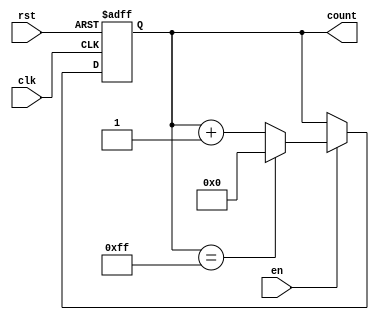
module incremental_counter (
    input wire clk,        // Clock input
    input wire rst,        // Asynchronous reset
    input wire en,         // Enable signal
    output reg [7:0] count // Counter value (8-bit wide)
);

// Initial value for the counter
parameter INITIAL_VALUE = 8'b00000000; // Can be modified as needed
parameter MAX_VALUE = 8'b11111111;      // Maximum value for 8-bit counter

// Always block for counter functionality
always @(posedge clk or posedge rst) begin
    if (rst) begin
        // Asynchronous reset
        count <= INITIAL_VALUE;
    end else if (en) begin
        // Increment the counter on enable
        if (count == MAX_VALUE) begin
            count <= 8'b00000000; // Wrap-around on overflow
        end else begin
            count <= count + 1'b1; // Increment counter
        end
    end
    // If neither reset nor enable, retain current value
end

endmodule